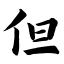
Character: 但